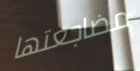
مضاجعتها